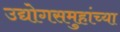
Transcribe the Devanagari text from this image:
उद्योगसमुहांच्या